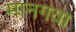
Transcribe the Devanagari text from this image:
मानगया